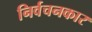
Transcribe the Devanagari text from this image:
निर्वचनकार